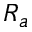
R _ { a }